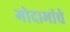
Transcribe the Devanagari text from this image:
गोदामांचे